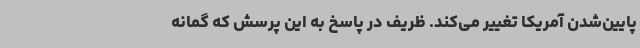
پایین‌شدن آمریکا تغییر می‌کند. ظریف در پاسخ به این پرسش که گمانه‌